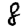
Digit: 8